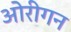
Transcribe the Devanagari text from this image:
ओरीगन